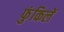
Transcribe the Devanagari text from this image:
फुंकिलें